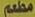
مطعم